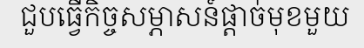
ជួបធ្វើកិច្ចសម្ភាសន៍ផ្តាច់មុខមួយ